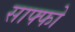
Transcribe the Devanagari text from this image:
साफ्फो